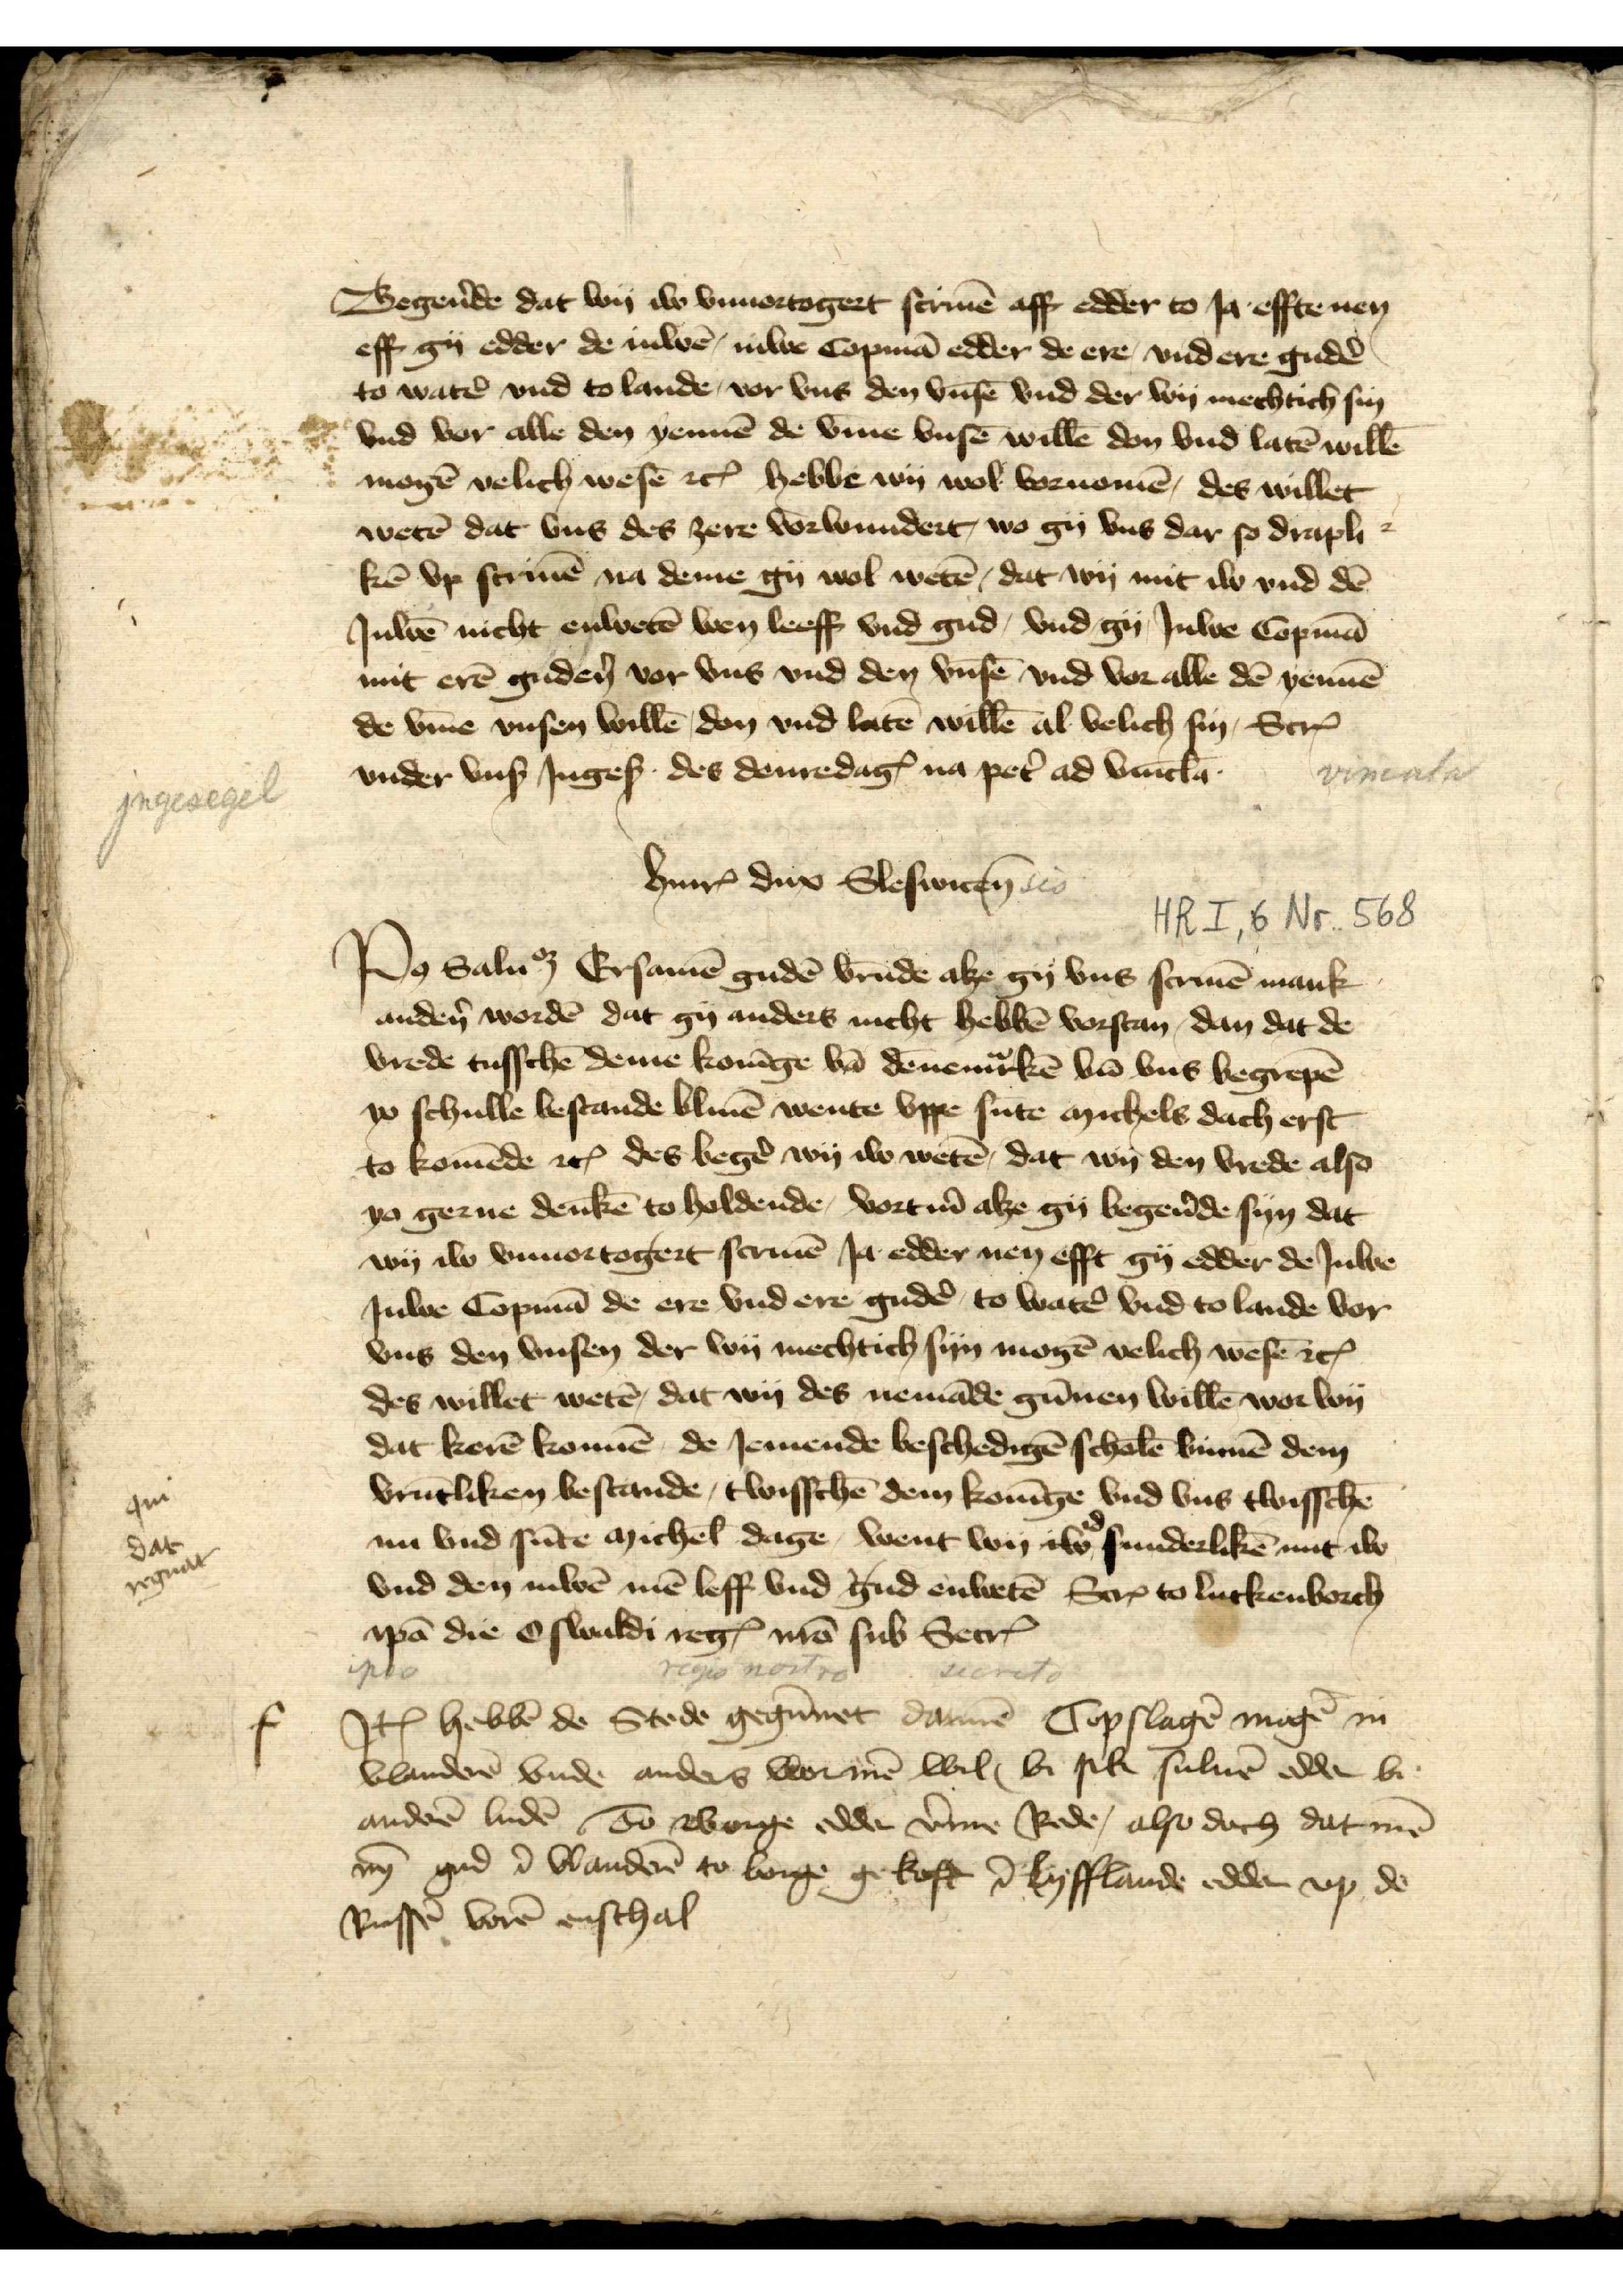
Begẻnde dat wy iw vnuortoget scriuē aff edder to Ia effte nen
eff gy edder de iuwē, iuwe Copmā edder de ere, vnd ere gudē
to watẻ vnd to lande, vor vns den vnsē vnd der wy mechtich sin 
vnd vor alle den yennē de v̄me vnsē willē don vnd latē willē
mogē velich wesē etꝬ hebbe wy wol vornomē, des willet
wetẻ dat vns des zere vorwundert, wo gy vns dar so drapli-
kē vp scrivē na deme gy wol wetē, dat wy mit iw vnd dē
Iuwē nicht enwetē wen leeff vnd gud, vnd gy Iuwe Copmā
mit erē gudẻn vor vns vnd den vnsē vnd vor alle dē yennē
de v̄me vnsen willē don vnd latē willē al velich sin, Scȓ
vnder vnß Ingeß des denredagꝬ na pet̉ ad vn̄icla

HinrꝬ dux Slewicen

Po Salu# Ersamē gudē vrūde alze gy vns scriuē mank 
andẻn wordẻ dat gy anders nicht hebbē vorstan, den dat de 
vrede twisschē deme Konīge vā dēnemͣrkē vn̄ vn vns begrepē
yo schulle bestande bliuē wente vppe sūte michels dach erst 
to komēnde etꝬ des begẻ wy iw wetē, dat wy den vrede also
yo gerne denkē to holdene, vortm̄ alze gy begẻnde syn dat 
wy iw vnuortogert scriuē Ia edder nen efft gy edder de Iuwe
Juwe Copmā de ere vnd ere gudẻ to watẻ vnd to lande vor 
vnd den vnsen der wy mechtich syn mogē velich wesē ecꝬ
des willet wetē, dat wy des nemāde gūnen willē wo wy 
dat kerē konnē de Iemende beschedigē scholē binnē dem 
vrūtliken bestande, twisschē dem Konīge vnd vns twisschē
na vnd sūte michel dage, went wy iw id sunderlikē mit iw 
vnd den iuwē mē leff vnd gud enwetē Scȓ to Luckenborch
ipā die c swaldi regꝬ nrō sub secrꝬ

Iꝷ hebbē de Stede gegūnet darmē Copslagē moge in 
Vlandẻn vnde anders wormē wil bi sik suluē alle bi 
andẻn vndē sō woge alle v̄me Rade, also doch dat mē
nȳ gud ī Vlandẻn to Berge gekoft ī Lyfflande edder vp de
Russē vorē enschal

f

qm
dat
regnat